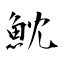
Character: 魫